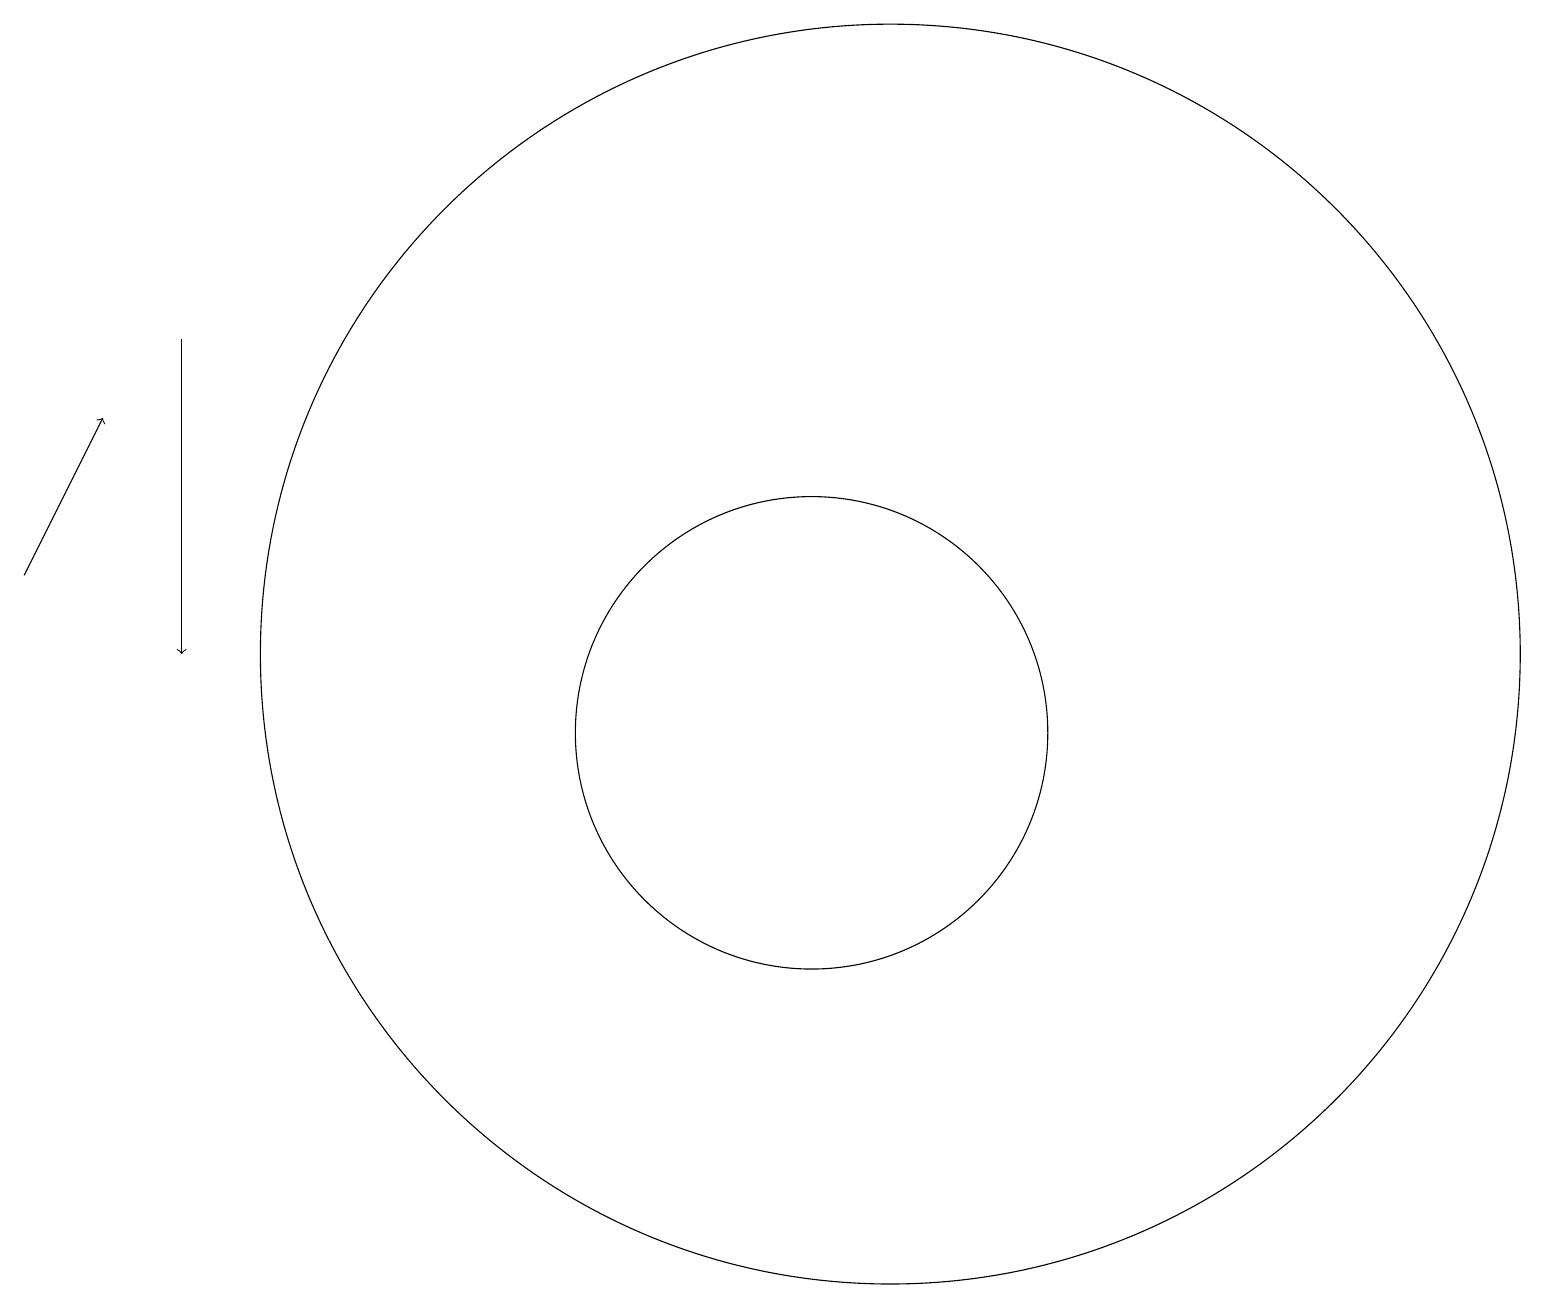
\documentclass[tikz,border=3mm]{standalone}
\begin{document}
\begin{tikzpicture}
\draw[->] (0,13) -- (1,15);
\draw[->] (2,16) -- (2,12);
\draw (10,11) circle (3);
\draw (10,10) circle (0);
\draw (11,12) circle (8);
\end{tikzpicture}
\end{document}